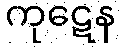
ကုဋေန